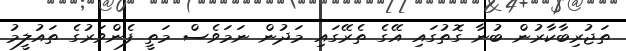
ތަޖުރިބާކާރުން ބުނާ ގޮތުގައި އޭގެ ތެރޭގައި މަދުން ނަމަވެސް މަތީ ފެންވަރުގެ ތައުލީމު